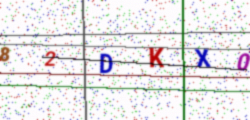
Text: 82DKX0